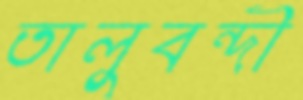
তালুবন্দী